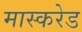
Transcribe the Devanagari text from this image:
मास्करेड